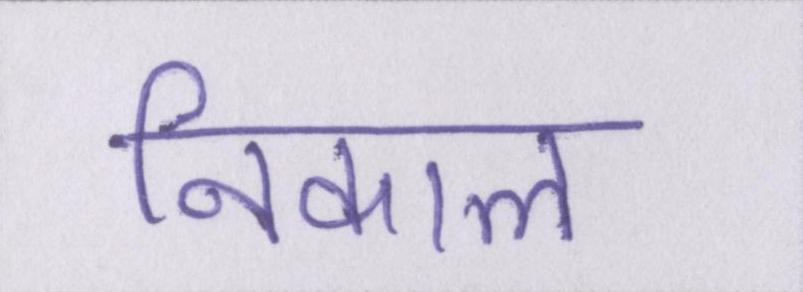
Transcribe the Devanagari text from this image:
निकाल